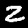
Label: 2